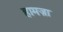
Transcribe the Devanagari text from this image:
हामज़ा